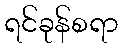
ရင်ခုန်စရာ